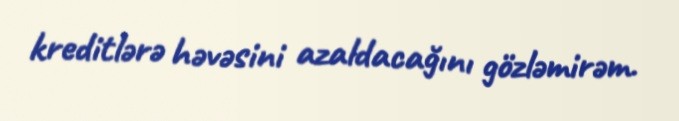
kreditlərə həvəsini azaldacağını gözləmirəm.